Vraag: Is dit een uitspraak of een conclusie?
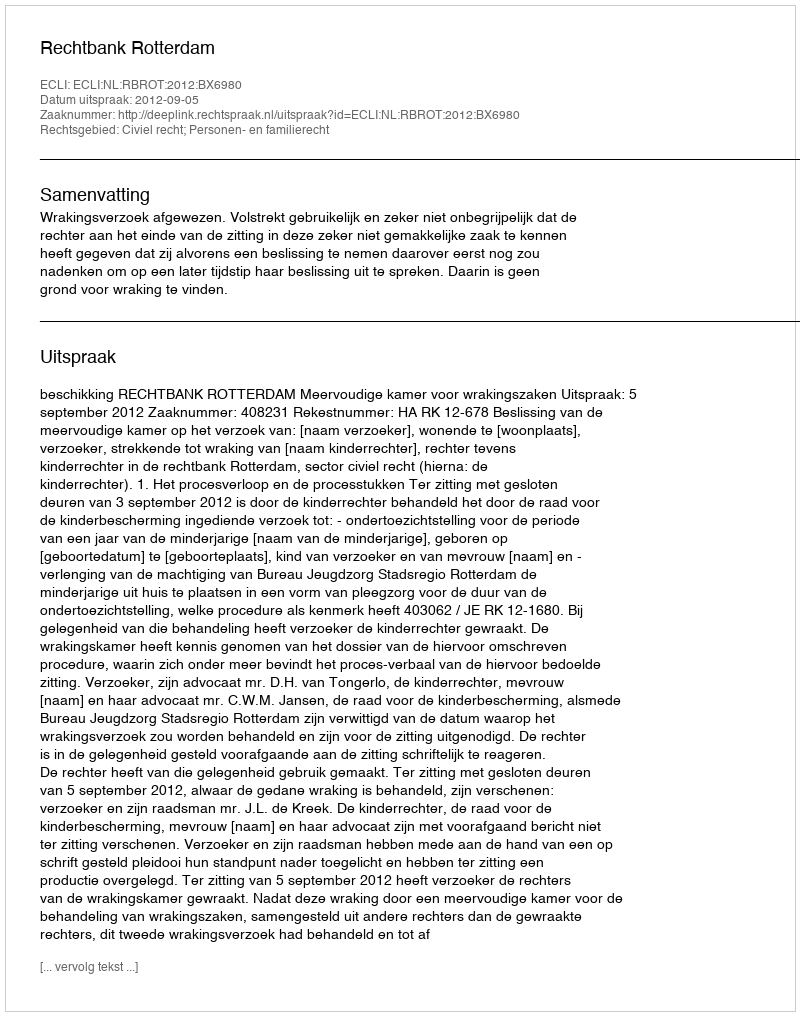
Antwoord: Uitspraak